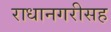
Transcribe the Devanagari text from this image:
राधानगरीसह